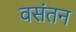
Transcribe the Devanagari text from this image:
वसंतन